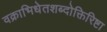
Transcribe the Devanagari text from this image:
वक्राभिधेतशब्दोक्तिरिष्टा